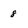
Character: 8